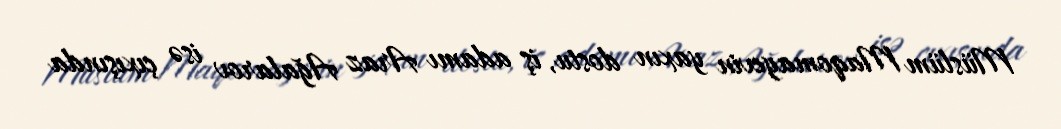
Müslüm Maqomayevin yaxın dostu, iş adamı Araz Ağalarov isə çıxışında